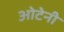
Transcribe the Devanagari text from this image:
ओटेनी